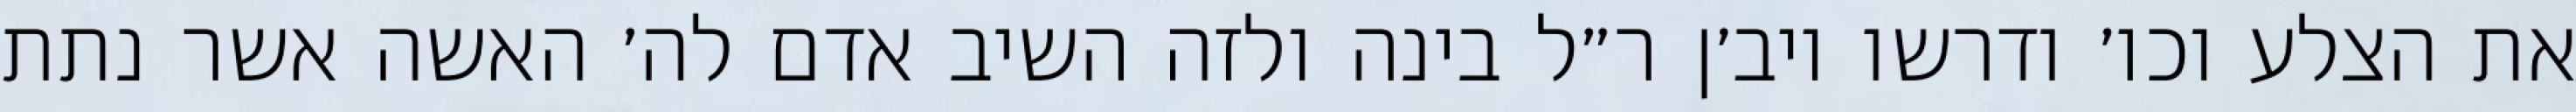
את הצלע וכו׳ ודרשו ויב׳ן ר״ל בינה ולזה השיב אדם לה׳ האשה אשר נתת